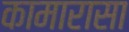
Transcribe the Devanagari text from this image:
कामारासा